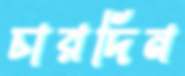
চারদিন